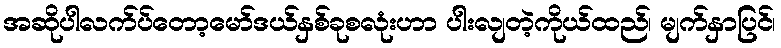
အဆိုပါလက်ပ်တော့မော်ဒယ်နှစ်ခုစလုံးဟာ ပါးလျတဲ့ကိုယ်ထည်၊ မျက်နှာပြင်၊